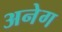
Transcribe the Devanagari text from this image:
अनेग